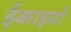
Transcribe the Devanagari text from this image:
ईकाइयो